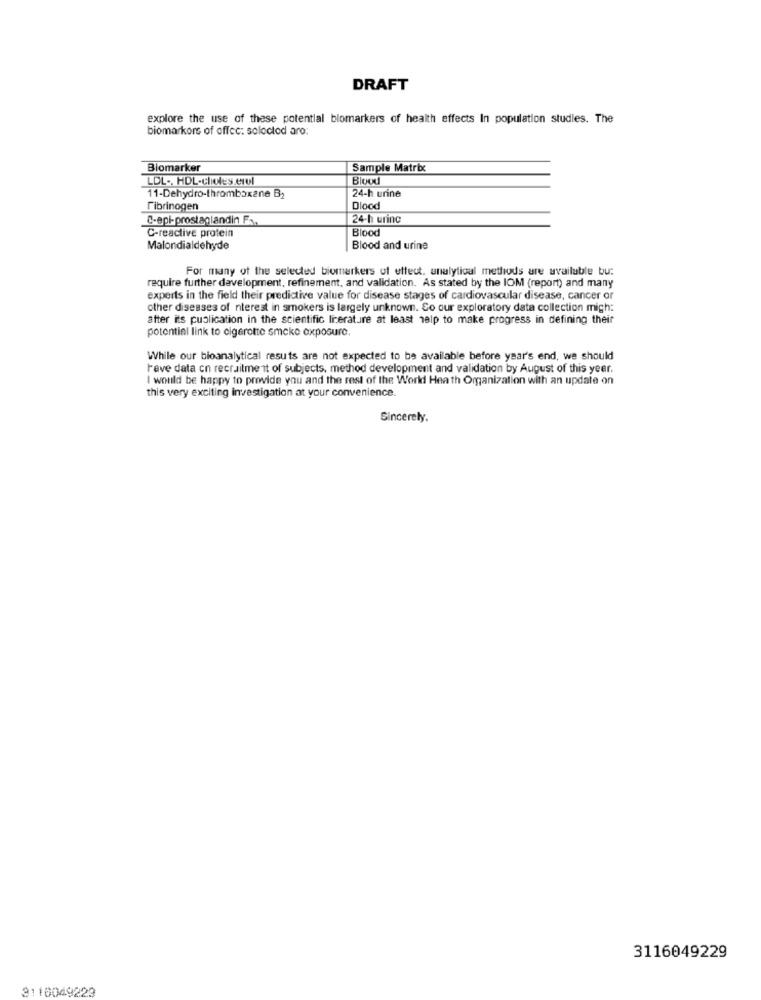
DRAFT
explore the use of these potential blomarkers of health effects In population studies. The
biomarkers of offcc: solocted aro:
Biomarker
Sample Matrix
LDL -. HDL-chioles.erol
11-Dehydro-thromboxane B2
24-h urine
Fibrinogen
Dlood
C-epi-prostaglandin Fa.
24-h urinc
Blood
C-reactive protein
Malondialdehyde
Blood and urine
For many of the selected biomarkers of etteut, analytical methods are available bu:
require further development, refinement, and validation. As stated by the IOM (report) and many
experts in the field their predictive value for disease stages of cardiovascular disease, cancer or
other diseases of nterest in smokers is largely unknown. So our exploratory data collection migh:
after its publication in the scientific literature at least help to make progress in defining their
potential link to cigarette smoke exposure.
While our bioanalytical resuts are not expected to be available before year's end, we should
rave data cn recruitment of subjects, method development and validation by August of this year.
I would be happy to provide you and the rest of the World Heath Organization with an update on
this very exciting investigation at your convenience.
Sincerely.
3116049229
3116049229